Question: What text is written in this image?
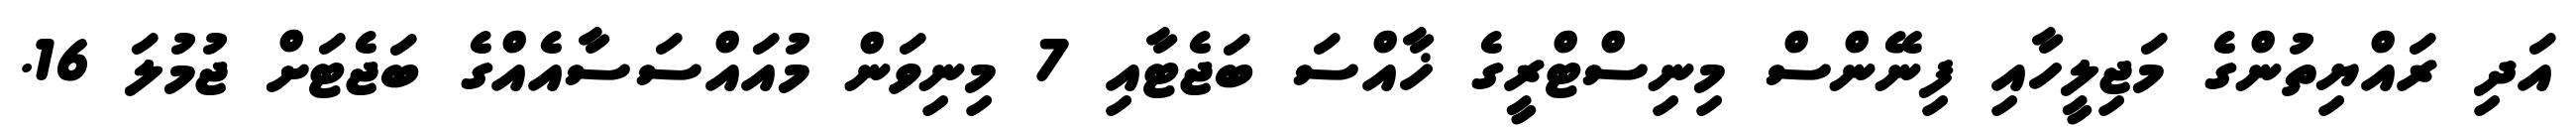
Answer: އަދި ރައްޔިތުންގެ މަޖިލީހާއި ފިނޭންސް މިނިސްޓްރީގެ ޚާއްސަ ބަޖެޓާއި 7 މިނިވަން މުއައްސަސާއެއްގެ ބަޖެޓަށް ޖުމުލަ 16.